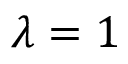
\lambda = 1